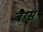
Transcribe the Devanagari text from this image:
बैग्‍स